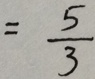
= \frac { 5 } { 3 }